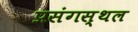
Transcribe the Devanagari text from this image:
प्रसंगस्थल